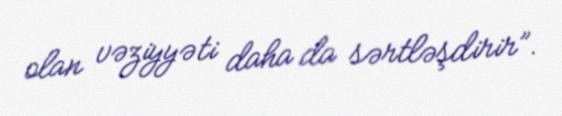
olan vəziyyəti daha da sərtləşdirir”.